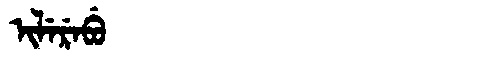
Manchu: ᡳᠯᡝᡵᡝᠪᡠ
Romanization: ILEREBU